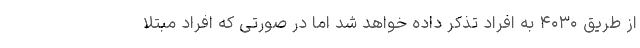
از طریق ۴۰۳۰ به افراد تذکر داده خواهد شد اما در صورتی که افراد مبتلا